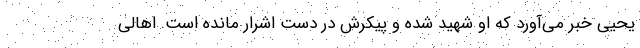
یحیی خبر می‌آورد که او شهید شده و پیکرش در دست اشرار مانده است. اهالی